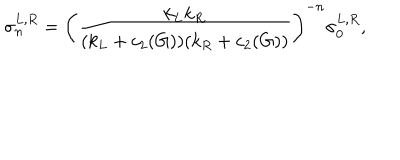
\sigma _ { n } ^ { L , R } = \left( { \frac { k _ { L } k _ { R } } { ( k _ { L } + c _ { 2 } ( G ) ) ( k _ { R } + c _ { 2 } ( G ) ) } } \right) ^ { - n } \sigma _ { 0 } ^ { L , R } ,